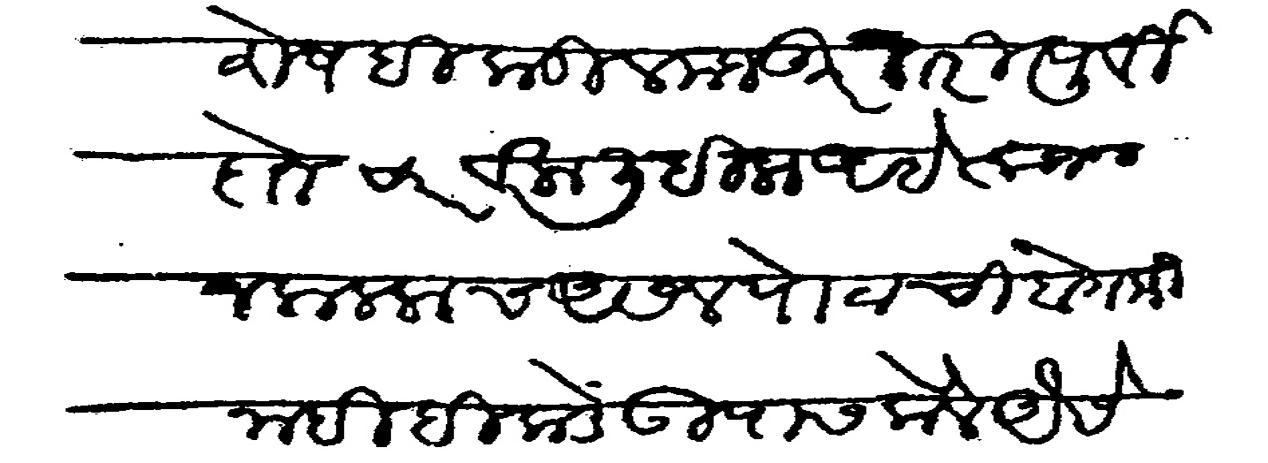
Transliteration (Devanagari): विशेष हिकडील मजकूर तरी पूर्वी दोन च्यार वेला लिहीला आहे त्याजवरून कललाच असेल पोटाची बेगमी नाही हिकडे उपास केले ऐसे